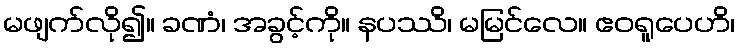
မဖျက်လို၍။ ခဏံ၊ အခွင့်ကို။ နပဿိ၊ မမြင်လေ။ ဧဝရူပေဟိ၊